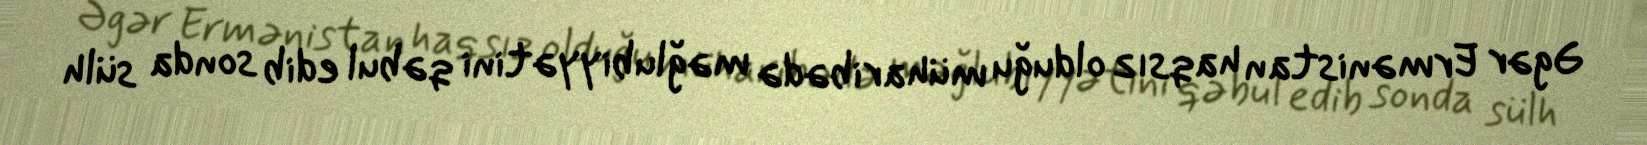
Əgər Ermənistan haqsız olduğu müharibədə məğlubiyyətini qəbul edib sonda sülh